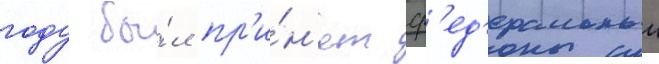
году бы́л пр'и́н'ят ф'ед'еральныи